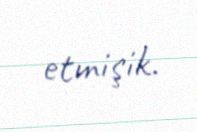
etmişik.